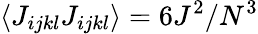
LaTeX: \langle J_{ijkl}J_{ijkl}\rangle=6J^{2}/N^{3}